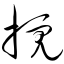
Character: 搅